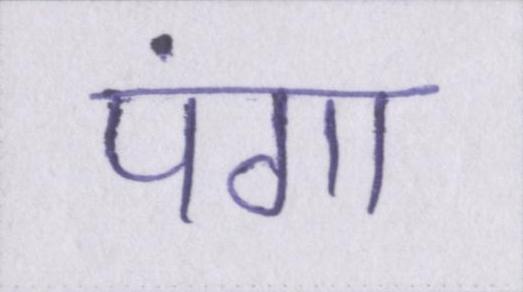
पंगा